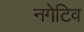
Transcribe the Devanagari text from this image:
नगेटिव